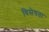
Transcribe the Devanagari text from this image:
विसेषता